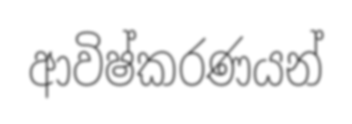
ආවිෂ්කරණයන්